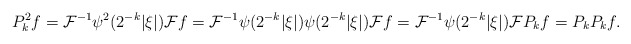
\begin{align*}P_k^2f = \mathcal{F}^{-1} \psi^2(2^{-k}|\xi|)\mathcal{F}f= \mathcal{F}^{-1} \psi(2^{-k}|\xi|)\psi(2^{-k}|\xi|)\mathcal{F}f = \mathcal{F}^{-1} \psi(2^{-k}|\xi|)\mathcal{F}P_kf= P_kP_kf.\end{align*}